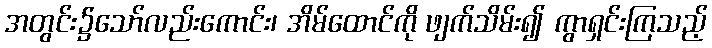
အတွင်း၌သော်လည်းကောင်း၊ အိမ်ထောင်ကို ဖျက်သိမ်း၍ ကွာရှင်းကြသည့်